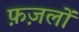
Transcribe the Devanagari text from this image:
फ़ज़लों